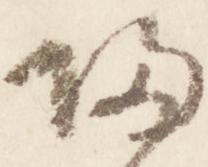
帰